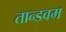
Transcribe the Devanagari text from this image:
तान्डवम